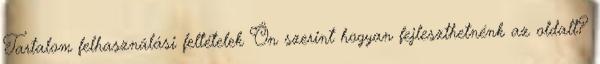
Tartalom felhasználási feltételek Ön szerint hogyan fejleszthetnénk az oldalt?